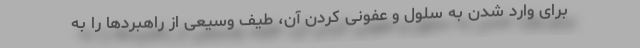
برای وارد شدن به سلول و عفونی کردن آن، طیف وسیعی از راهبردها را به